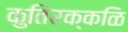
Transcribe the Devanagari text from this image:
कुतिरक्कळि